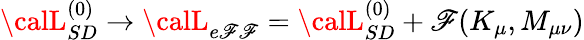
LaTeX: {\calL}_{SD}^{(0)}\to{\calL}_{e\mathscr{F}\mathscr{F}}={\calL}_{SD}^{(0)}+\mathscr{F}(K_{\mu},M_{\mu\nu})